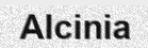
Alcinia